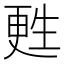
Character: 甦